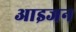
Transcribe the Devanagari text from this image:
आइजन